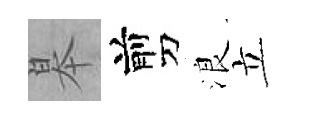
皋剪浪立